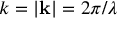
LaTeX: k = | { \mathbf { k } } | = 2 \pi / \lambda